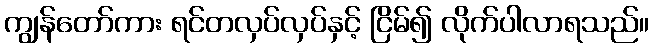
ကျွန်တော်ကား ရင်တလှပ်လှပ်နှင့် ငြိမ်၍ လိုက်ပါလာရသည်။